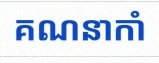
គណនាកាំ